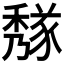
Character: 𥢁